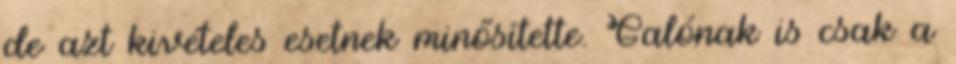
de azt kivételes esetnek minősítette. Galónak is csak a